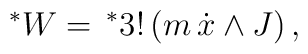
^{\ast }W=\,^{*}3!\left( m\,\dot{x}\wedge J\right) ,